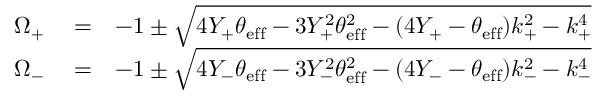
\begin{array} { r l r } { \Omega _ { + } } & { { } = } & { - 1 \pm \sqrt { 4 Y _ { + } \theta _ { \mathrm { e f f } } - 3 Y _ { + } ^ { 2 } \theta _ { \mathrm { e f f } } ^ { 2 } - ( 4 Y _ { + } - \theta _ { \mathrm { e f f } } ) k _ { + } ^ { 2 } - k _ { + } ^ { 4 } } } \\ { \Omega _ { - } } & { { } = } & { - 1 \pm \sqrt { 4 Y _ { - } \theta _ { \mathrm { e f f } } - 3 Y _ { - } ^ { 2 } \theta _ { \mathrm { e f f } } ^ { 2 } - ( 4 Y _ { - } - \theta _ { \mathrm { e f f } } ) k _ { - } ^ { 2 } - k _ { - } ^ { 4 } } } \end{array}